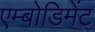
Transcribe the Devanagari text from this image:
एम्बोडिमेंट